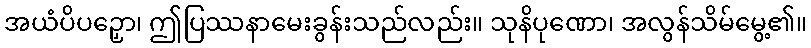
အယံပိပဉှော၊ ဤပြဿနာမေးခွန်းသည်လည်း။ သုနိပုဏော၊ အလွန်သိမ်မွေ့၏။